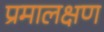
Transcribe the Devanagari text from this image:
प्रमालक्षण